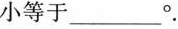
小等于___°.